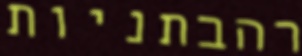
רהבתניות